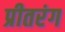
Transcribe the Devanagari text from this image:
प्रीतरंग